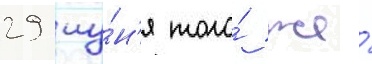
29 иу́н'я того́ же́